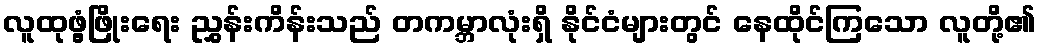
လူထုဖွံ့ဖြိုးရေး ညွှန်းကိန်းသည် တကမ္ဘာလုံးရှိ နိုင်ငံများတွင် နေထိုင်ကြသော လူတို့၏